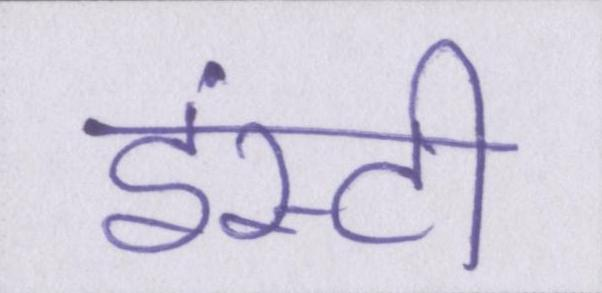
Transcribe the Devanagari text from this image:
इंस्टी